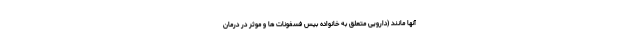
آنها مانند (دارویی متعلق به خانواده بیس فسفونات ها و موثر در درمان